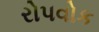
રોપવોક